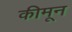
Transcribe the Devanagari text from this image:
कीमून